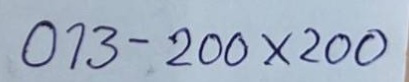
013 - 200 x 200